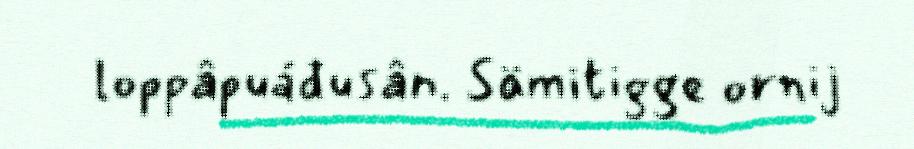
loppâpuáđusân. Sämitigge ornij